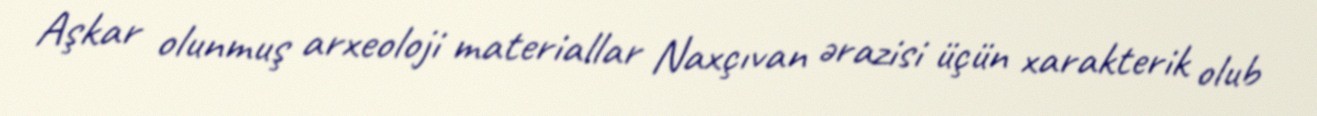
Aşkar olunmuş arxeoloji materiallar Naxçıvan ərazisi üçün xarakterik olub